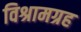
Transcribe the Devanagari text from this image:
विश्रामग्रह